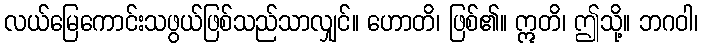
လယ်မြေကောင်းသဖွယ်ဖြစ်သည်သာလျှင်။ ဟောတိ၊ ဖြစ်၏။ ဣတိ၊ ဤသို့။ ဘဂဝါ၊